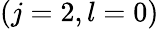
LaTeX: (j=2,l=0)